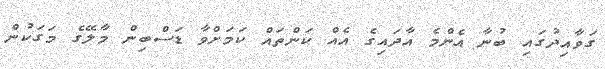
ގަވާއިދުގައި ބުނާ އެންމެ އާދައިގެ އެއް ކަންތައް ކަމަށްވާ ޑަސްބިން މާލޭގެ މަގަކުން